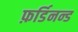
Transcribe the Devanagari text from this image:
फ़र्डिनन्ड